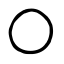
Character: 〇